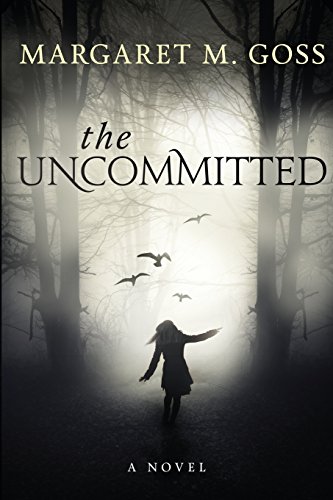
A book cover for The Uncommitted (a novel); Margaret M. Goss; Romance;